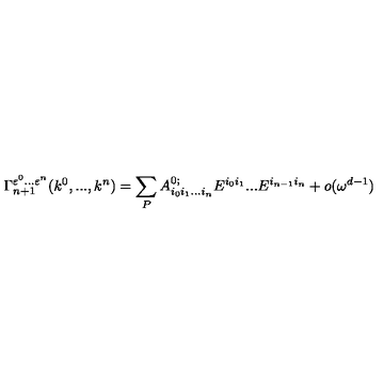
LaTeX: \Gamma _ { n + 1 } ^ { \varepsilon ^ { 0 } . . . \varepsilon ^ { n } } ( k ^ { 0 } , . . . , k ^ { n } ) = \sum _ { P } A _ { i _ { 0 } i _ { 1 } . . . i _ { n } } ^ { 0 ; } E ^ { i _ { 0 } i _ { 1 } } . . . E ^ { i _ { n - 1 } i _ { n } } + o ( \omega ^ { d - 1 } )